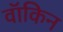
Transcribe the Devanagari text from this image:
वॉकिन